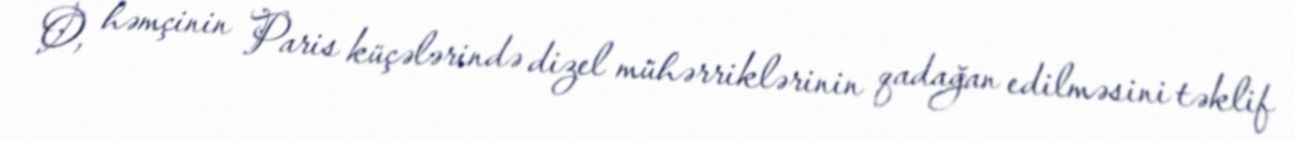
O, həmçinin Paris küçələrində dizel mühərriklərinin qadağan edilməsini təklif